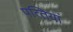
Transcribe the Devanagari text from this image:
पत्‍तियां